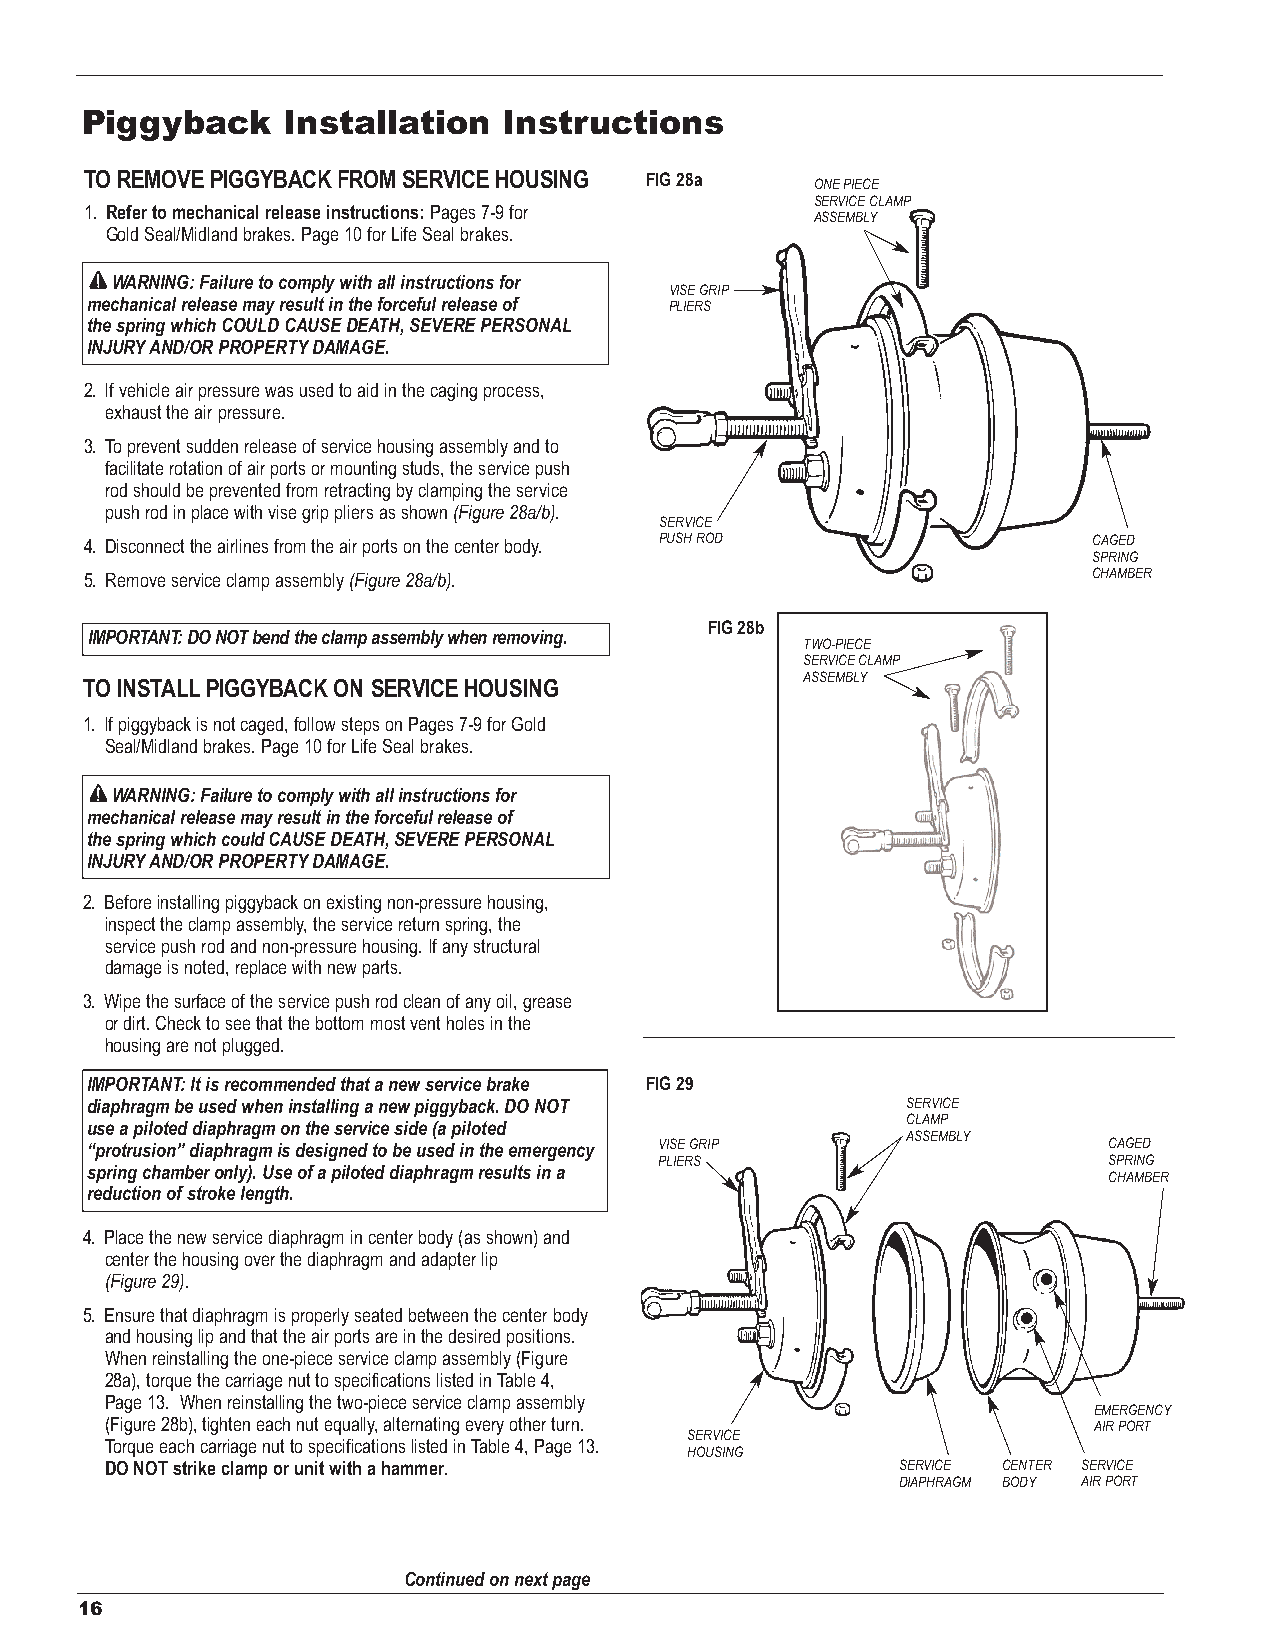
Piggyback     Installation  Instructions
 TO REMOVE PIGGYBACK FROM SERVICE HOUSING FIG 28a
 ONEPIECE
 SERVICE CLAMP
 1. Refer to mechanical release instructions: Pages 7-9 for
 ASSEMBLY
 Gold Seal/Midland brakes. Page 10 for Life Seal brakes.
 WARNING: Failure to comply with all instructions for
 VISE GRIP
 mechanical release may result in the forceful release of PLIERS
 the spring which COULD CAUSE DEATH, SEVERE PERSONAL
 INJURYAND/OR PROPERTYDAMAGE.
 2. If vehicle air pressure was used to aid in the caging process,
 exhaust the air pressure.
 3. To prevent sudden release of service housing assembly and to
 facilitate rotation of air ports or mounting studs, the service push
 rod should be prevented from retracting by clamping the service
 push rod in place with vise grip pliers as shown (Figure 28a/b).
 SERVICE
 4. Disconnect the airlines from the air ports on the center body. PUSH ROD CAGED
 SPRING
 5. Remove service clamp assembly (Figure 28a/b).                  CHAMBER
 FIG 28b
 IMPORTANT: DO NOT bend the clamp assembly when removing.
 TWO-PIECE
 SERVICE CLAMP
 ASSEMBLY
 TO INSTALLPIGGYBACK ON SERVICE HOUSING
 1. If piggyback is not caged, follow steps on Pages 7-9 for Gold
 Seal/Midland brakes. Page 10 for Life Seal brakes.
 WARNING: Failure to comply with all instructions for
 mechanical release may result in the forceful release of
 the spring which could CAUSE DEATH, SEVERE PERSONAL
 INJURYAND/OR PROPERTYDAMAGE.
 2. Before installing piggyback on existing non-pressure housing,
 inspect the clamp assembly, the service return spring, the
 service push rod and non-pressure housing. If any structural
 damage is noted, replace with new parts.
 3. Wipe the surface of the service push rod clean of any oil, grease
 or dirt. Check to see that the bottom most vent holes in the
 housing are not plugged.
 IMPORTANT: It is recommended that a new service brake FIG 29
 diaphragm be used when installing a new piggyback. DO NOT SERVICE
 CLAMP
 use a piloted diaphragm on the service side (a piloted
 ASSEMBLY
 “protrusion” diaphragm is designed to be used in the emergency VISE GRIP CAGED
 PLIERS                       SPRING
 spring chamber only). Use of a piloted diaphragm results in a
 CHAMBER
 reduction of stroke length.
 4. Place the new service diaphragm in center body (as shown) and
 center the housing over the diaphragm and adapter lip
 (Figure 29).
 5. Ensure that diaphragm is properly seated between the center body
 and housing lip and that the air ports are in the desired positions.
 When reinstalling the one-piece service clamp assembly (Figure
 28a), torque the carriage nut to specifications listed in Table 4,
 Page 13. When reinstalling the two-piece service clamp assembly
 EMERGENCY
 (Figure 28b), tighten each nut equally, alternating every other turn. AIR PORT
 SERVICE
 Torque each carriage nut to specifications listed in Table 4, Page 13.
 HOUSING
 DO NOT strike clamp or unit with a hammer.           SERVICE CENTER SERVICE
 DIAPHRAGM BODY AIR PORT
 Continued on next page
 16